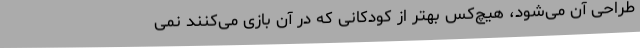
طراحی آن می‌شود، هیچ‌کس بهتر از کودکانی که در آن بازی می‌کنند نمی